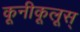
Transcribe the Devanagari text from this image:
कूनीकूलूस्